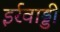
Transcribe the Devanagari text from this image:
इर्रवाड्डी